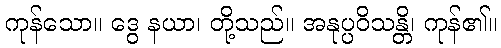
ကုန်သော။ ဒွေ နယာ၊ တို့သည်။ အနုပ္ပဝိသန္တိ၊ ကုန်၏။